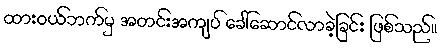
ထားဝယ်ဘက်မှ အတင်းအကျပ် ခေါ်ဆောင်လာခဲ့ခြင်း ဖြစ်သည်။